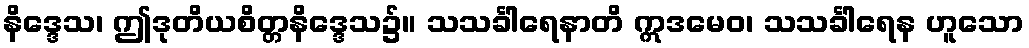
နိဒ္ဒေသ၊ ဤဒုတိယစိတ္တနိဒ္ဒေသ၌။ သသင်္ခါရေနာတိ ဣဒမေဝ၊ သသင်္ခါရေန ဟူသော